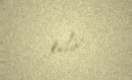
edir.